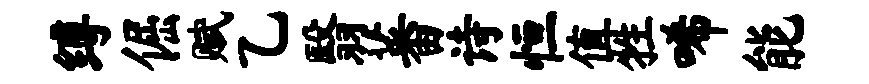
缚倔赋乙翳蕃诗恒值牲唏能